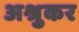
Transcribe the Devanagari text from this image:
अश्रुकर